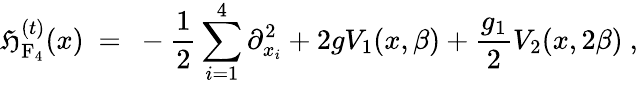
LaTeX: {\cal\mathfrak{H}}_{\mathrm{{F_{4}}}}^{(t)}(x)\ =\ -\frac{{1}}{{2}}\sum_{i=1}^{4}\partial_{x_{i}}^{2}+2gV_{1}(x,\beta)+\frac{{g_{1}}}{{2}}V_{2}(x,2\beta)\ ,